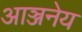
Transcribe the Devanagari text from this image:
आञ्जनेय